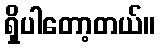
ရှိပါတော့တယ်။